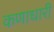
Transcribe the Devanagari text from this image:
कणाधारी